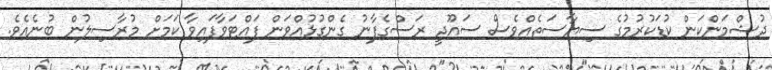
ދުޝްމަންކަން ކުޑަކުރުމުގެ ސިޔާސަތެއްވެސް ސައޫދީ ރަސްގެފާނު ގެންގުޅުއްވަން ފައްޓަވާފައިވާ ކަމަށް މުރާސިލުން ބުނެއެވެ.